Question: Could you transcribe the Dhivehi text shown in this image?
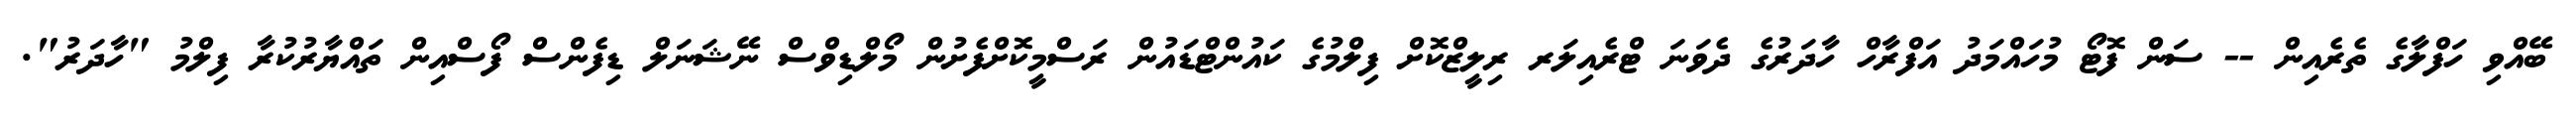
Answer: ބޭއްވި ހަފްލާގެ ތެރެއިން -- ސަން ފޮޓޯ މުހައްމަދު އަފްރާހް ހާދަރުގެ ދެވަނަ ޓްރެއިލަރ ރިލީޒްކޮށް ފިލްމުގެ ކައުންޓްޑައުން ރަސްމީކޮށްފެށުން މޯލްޑިވްސް ނޭޝަނަލް ޑިފެންސް ފޯސްއިން ތައްޔާރުކުރާ ފިލްމު "ހާދަރު".